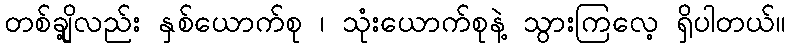
တစ်ချို့လည်း နှစ်ယောက်စု ၊ သုံးယောက်စုနဲ့ သွားကြလေ့ ရှိပါတယ်။